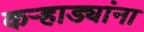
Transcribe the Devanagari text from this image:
कऱ्हाड्यांना